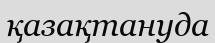
қазақтануда